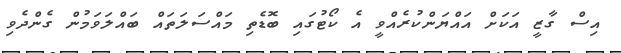
އިސް ގާޒީ އަކަށް އައްޔަންކުރެއްވީ އެ ކޯޓުގައި ބޮޑެތި މައްސަލަތައް ބައްލަވަމުން ގެންދެވި